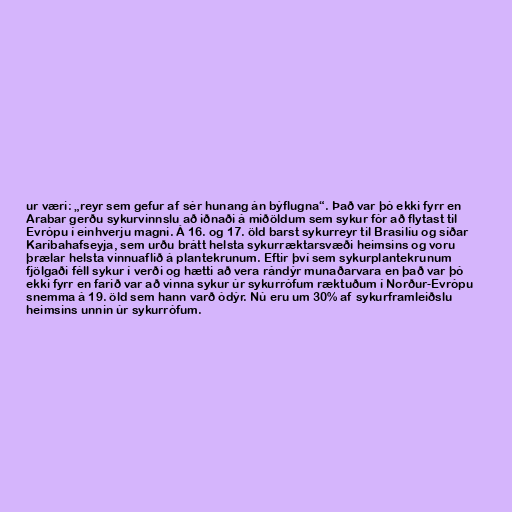
ur væri: „reyr sem gefur af sér hunang án býflugna“. Það var þó ekki fyrr en
Arabar gerðu sykurvinnslu að iðnaði á miðöldum sem sykur fór að flytast til
Evrópu í einhverju magni. Á 16. og 17. öld barst sykurreyr til Brasilíu og síðar
Karíbahafseyja, sem urðu brátt helsta sykurræktarsvæði heimsins og voru
þrælar helsta vinnuaflið á plantekrunum. Eftir því sem sykurplantekrunum
fjölgaði féll sykur í verði og hætti að vera rándýr munaðarvara en það var þó
ekki fyrr en farið var að vinna sykur úr sykurrófum ræktuðum í Norður-Evrópu
snemma á 19. öld sem hann varð ódýr. Nú eru um 30% af sykurframleiðslu
heimsins unnin úr sykurrófum.